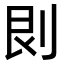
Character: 𠛵